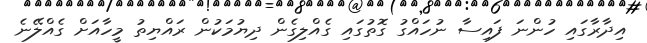
އިދާރާގައި ހުންނަ ފައިސާ ނުހައްގު ގޮތުގައި ގެއްލިގެން ދިޔުމަކުން ރައްޔިތު މީހާއަށް ގެއްލޭނެ